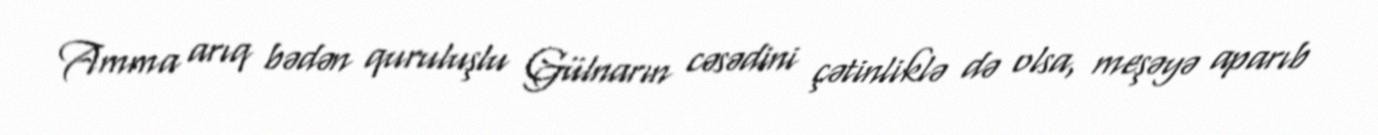
Amma arıq bədən quruluşlu Gülnarın cəsədini çətinliklə də olsa, meşəyə aparıb